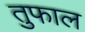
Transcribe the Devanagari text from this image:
तुफाल